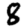
Digit: 8